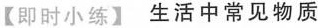
【即时小练】 生活中常见物质